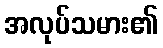
အလုပ်သမား၏